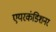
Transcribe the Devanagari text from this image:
एयरकंडिशनर